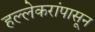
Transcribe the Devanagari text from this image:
हल्लेकरांपासून